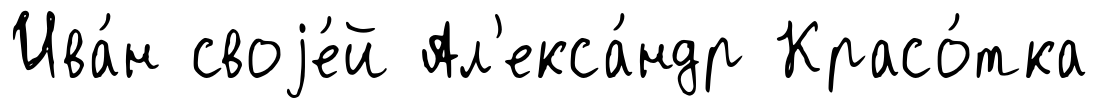
Ива́н своjе́й Ал'екса́ндр Красо́тка